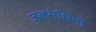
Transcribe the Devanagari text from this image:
जलसंधियाँ